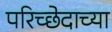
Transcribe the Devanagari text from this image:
परिच्छेदाच्या